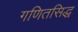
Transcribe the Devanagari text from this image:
गणितसिद्ध